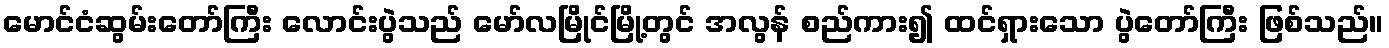
မောင်ငံဆွမ်းတော်ကြီး လောင်းပွဲသည် မော်လမြိုင်မြို့တွင် အလွန် စည်ကား၍ ထင်ရှားသော ပွဲတော်ကြီး ဖြစ်သည်။